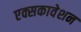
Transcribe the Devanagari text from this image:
एक्सकावेशन